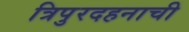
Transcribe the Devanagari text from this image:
त्रिपुरदहनाची